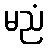
မညံ